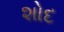
શોદ